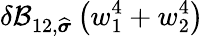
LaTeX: \delta\mathcal{B}_{12,\widehat{\boldsymbol{\sigma}}}\left(w_{1}^{4}+w_{2}^{4}\right)